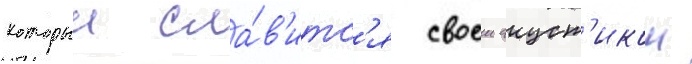
которыи сла́в'итс'я своеи акуст'икои